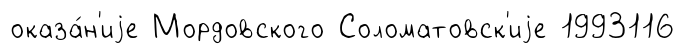
оказа́н'иjе Мордовского Соломатовск'иjе 1993116